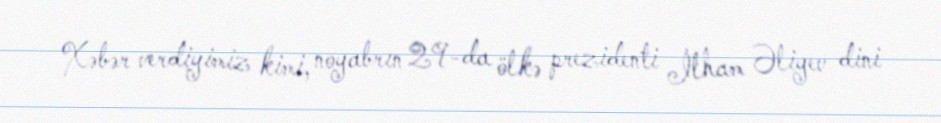
Xəbər verdiyimiz kimi, noyabrın 29-da ölkə prezidenti İlham Əliyev dini